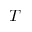
T